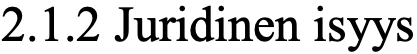
2.1.2 Juridinen isyys